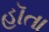
હૉતા